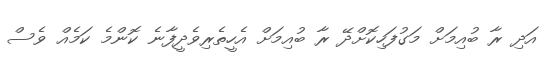
އަދި ރާ ބުއިމަށް މަގުފަހިކޮށްދޭ ރާ ބުއިމަށް އެހީތެރިވެދީފާނެ ކޮންމެ ކަމެއް ވެސް